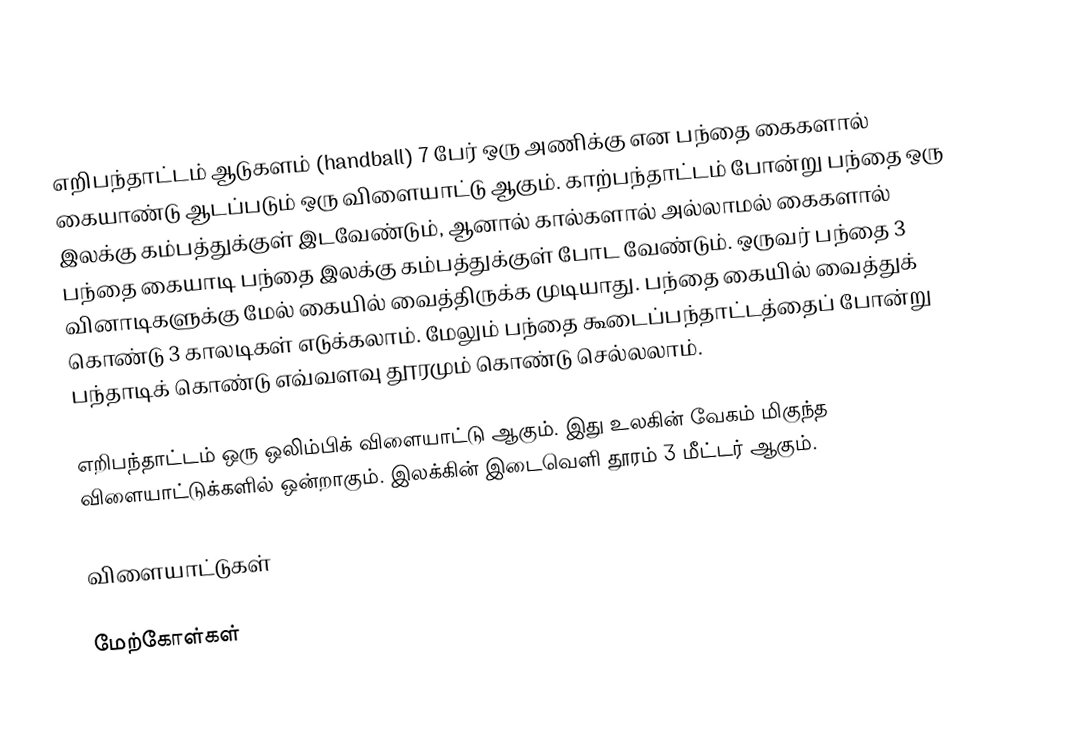
எறிபந்தாட்டம் ஆடு௧ளம் (handball) 7 பேர் ஒரு அணிக்கு என பந்தை கைகளால் கையாண்டு ஆடப்படும் ஒரு விளையாட்டு ஆகும். காற்பந்தாட்டம் போன்று பந்தை ஒரு இலக்கு கம்பத்துக்குள் இடவேண்டும், ஆனால் கால்களால் அல்லாமல் கைகளால் பந்தை கையாடி பந்தை இலக்கு கம்பத்துக்குள் போட வேண்டும். ஒருவர் பந்தை 3 வினாடிகளுக்கு மேல் கையில் வைத்திருக்க முடியாது. பந்தை கையில் வைத்துக் கொண்டு 3 காலடிகள் எடுக்கலாம். மேலும் பந்தை கூடைப்பந்தாட்டத்தைப் போன்று பந்தாடிக் கொண்டு எவ்வளவு தூரமும் கொண்டு செல்லலாம்.

எறிபந்தாட்டம் ஒரு ஒலிம்பிக் விளையாட்டு ஆகும். இது உலகின் வேகம் மிகுந்த விளையாட்டுக்களில் ஒன்றாகும். இலக்கின் இடைவெளி தூரம் 3 மீட்டர் ஆகும்.

விளையாட்டுகள்

மேற்கோள்கள்